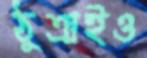
ঠুক্‌রাইও